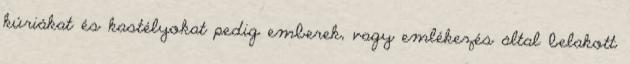
kúriákat és kastélyokat pedig emberek, vagy emlékezés által belakott